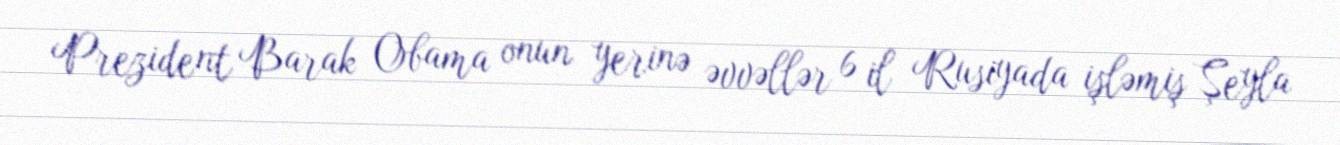
Prezident Barak Obama onun yerinə əvvəllər 6 il Rusiyada işləmiş Şeyla